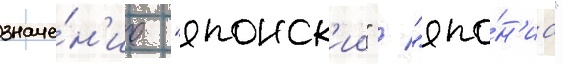
значе́н'ие "японск'ии" / "япо́н'иа"